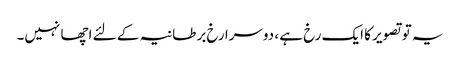
یہ تو تصویر کا ایک رخ ہے ، دوسرا رخ برطانیہ کے لئے اچھا نہیں۔